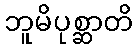
ဘူမိပုစ္ဆာတိ